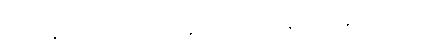
တစ်ခုရနိုင်သည် ကြုံတွေ့သည်နှင့် လေ့လာသိရှိနိုင်သည် နိုးထလာနေ၏